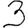
Digit: 3